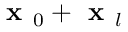
\textbf { x } _ { 0 } + \textbf { x } _ { l }